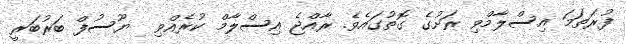
ފުރަތަމަ އިސްލާމްވި ރަށުގެ ގޮތުގައެވެ. ރާއްޖެ އިސްލާމް ކުރެއްވި  ޔޫސުފް ބަރުބަރީ